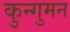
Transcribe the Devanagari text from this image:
कुन्गुमन